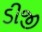
ડીજી